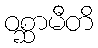
ဝစ္ဆာမီတိ